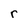
Character: r